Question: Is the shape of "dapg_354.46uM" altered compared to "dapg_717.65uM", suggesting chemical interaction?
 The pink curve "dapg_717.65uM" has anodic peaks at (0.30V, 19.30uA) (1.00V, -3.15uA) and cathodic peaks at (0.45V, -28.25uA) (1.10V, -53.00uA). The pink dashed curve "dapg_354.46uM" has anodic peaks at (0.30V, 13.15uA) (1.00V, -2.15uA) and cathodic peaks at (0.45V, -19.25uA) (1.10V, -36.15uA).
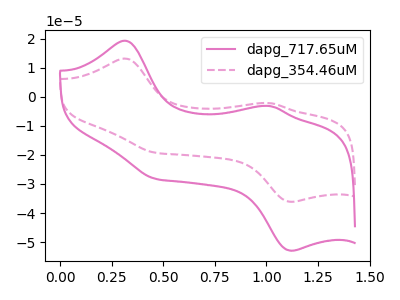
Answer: <think>All the peaks in "dapg_354.46uM" have a peak in "dapg_717.65uM" at the same potential.
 </think>
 <answer>No, "dapg_354.46uM" and "dapg_717.65uM" don't appear to be significantly different in shape</answer>
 <eval>no_change</eval>